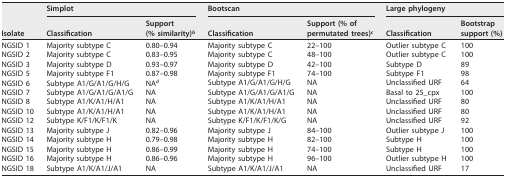
<table><thead><tr><td rowspan="2"><b>Isolate</b></td><td colspan="2"><b>Simplot</b></td><td colspan="2"><b>Bootscan</b></td><td colspan="2"><b>Large phylogeny</b></td></tr><tr><td><b>Classification</b></td><td><b>Support (% similarity)<sup><i>b</i></sup></b></td><td><b>Classification</b></td><td><b>Support (% of permutated trees)<sup><i>c</i></sup></b></td><td><b>Classification</b></td><td><b>Bootstrap support (%)</b></td></tr></thead><tbody><tr><td>NGSID 1</td><td>Majority subtype C</td><td>0.80–0.94</td><td>Majority subtype C</td><td>22–100</td><td>Outlier subtype C</td><td>100</td></tr><tr><td>NGSID 2</td><td>Majority subtype C</td><td>0.83–0.95</td><td>Majority subtype C</td><td>48–100</td><td>Outlier subtype C</td><td>100</td></tr><tr><td>NGSID 3</td><td>Majority subtype D</td><td>0.93–0.97</td><td>Majority subtype D</td><td>42–100</td><td>Subtype D</td><td>89</td></tr><tr><td>NGSID 5</td><td>Majority subtype F1</td><td>0.87–0.98</td><td>Majority subtype F1</td><td>74–100</td><td>Subtype F1</td><td>98</td></tr><tr><td>NGSID 6</td><td>Subtype A1/G/A1/G/H/G</td><td>NA<sup><i>d</i></sup></td><td>Subtype A1/G/A1/G/H/G</td><td>NA</td><td>Unclassified URF</td><td>64</td></tr><tr><td>NGSID 7</td><td>Subtype A1/G/A1/G/A1/G</td><td>NA</td><td>Subtype A1/G/A1/G/A1/G</td><td>NA</td><td>Basal to 25_cpx</td><td>100</td></tr><tr><td>NGSID 8</td><td>Subtype A1/K/A1/H/A1</td><td>NA</td><td>Subtype A1/K/A1/H/A1</td><td>NA</td><td>Unclassified URF</td><td>80</td></tr><tr><td>NGSID 10</td><td>Subtype A1/K/A1/H/A1</td><td>NA</td><td>Subtype A1/K/A1/H/A1</td><td>NA</td><td>Unclassified URF</td><td>80</td></tr><tr><td>NGSID 12</td><td>Subtype K/F1/K/F1/K</td><td>NA</td><td>Subtype K/F1/K/F1/K/G</td><td>NA</td><td>Unclassified URF</td><td>92</td></tr><tr><td>NGSID 13</td><td>Majority subtype J</td><td>0.82–0.96</td><td>Majority subtype J</td><td>84–100</td><td>Outlier subtype J</td><td>100</td></tr><tr><td>NGSID 14</td><td>Majority subtype H</td><td>0.79–0.98</td><td>Majority subtype H</td><td>82–100</td><td>Subtype H</td><td>100</td></tr><tr><td>NGSID 15</td><td>Majority subtype H</td><td>0.86–0.99</td><td>Majority subtype H</td><td>74–100</td><td>Subtype H</td><td>100</td></tr><tr><td>NGSID 16</td><td>Majority subtype H</td><td>0.86–0.96</td><td>Majority subtype H</td><td>96–100</td><td>Outlier subtype H</td><td>100</td></tr><tr><td>NGSID 18</td><td>Subtype A1/K/A1/J/A1</td><td>NA</td><td>Subtype A1/K/A1/J/A1</td><td>NA</td><td>Unclassified URF</td><td>17</td></tr></tbody></table>